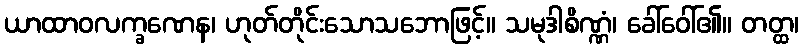
ယာထာဝလက္ခဏေန၊ ဟုတ်တိုင်းသောသဘောဖြင့်။ သမုဒါစိဏ္ဏံ၊ ခေါ်ဝေါ်၏။ တတ္ထ၊